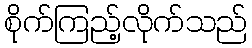
စိုက်ကြည့်လိုက်သည်